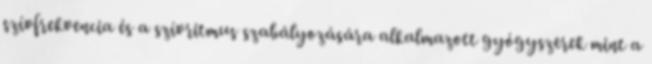
szívfrekvencia és a szívritmus szabályozására alkalmazott gyógyszerek mint a